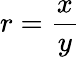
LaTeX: r=\frac{x}{y}